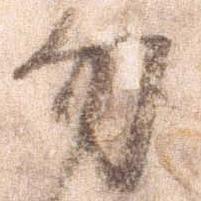
勿